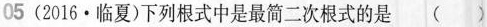
05 (2016·临夏)下列根式中是最简二次根式的是 ( )